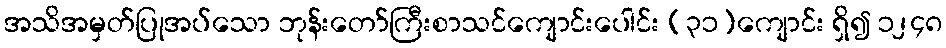
အသိအမှတ်ပြုအပ်သော ဘုန်းတော်ကြီးစာသင်ကျောင်းပေါင်း (၃၁)ကျောင်း ရှိ၍ ၁၂၄၈